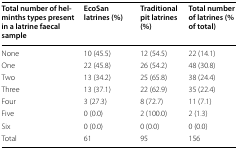
| Total number of helminths types present in a latrine faecal sample | EcoSan latrines (%) | Traditional pit latrines (%) | Total number of latrines (% of total) |
 | --- | --- | --- | --- |
 | None | 10 (45.5) | 12 (54.5) | 22 (14.1) |
 | One | 22 (45.8) | 26 (54.2) | 48 (30.8) |
 | Two | 13 (34.2) | 25 (65.8) | 38 (24.4) |
 | Three | 13 (37.1) | 22 (62.9) | 35 (22.4) |
 | Four | 3 (27.3) | 8 (72.7) | 11 (7.1) |
 | Five | 0 (0.0) | 2 (100.0) | 2 (1.3) |
 | Six | 0 (0.0) | 0 (0.0) | 0 (0.0) |
 | Total | 61 | 95 | 156 |